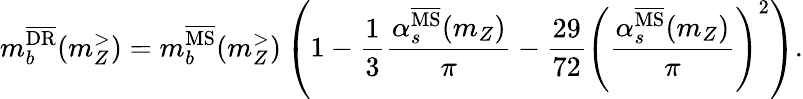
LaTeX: m_{b}^{\overline{{\mathrm{DR}}}}(m_{Z}^{>})=m_{b}^{\overline{{\mathrm{MS}}}}(m_{Z}^{>})\left(1-\frac{1}{3}\frac{\alpha_{s}^{\overline{{\mathrm{MS}}}}(m_{Z})}{\pi}-\frac{29}{72}\left(\frac{\alpha_{s}^{\overline{{\mathrm{MS}}}}(m_{Z})}{\pi}\right)^{2}\right).